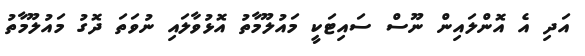
އަދި އެ އޮންލައިން ނޫސް ސައިޓަކީ މައުލޫމާތު އޮޅުވާލައި ނުވަތަ ދޮގު މައުލޫމާތު